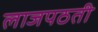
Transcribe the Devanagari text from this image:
लाजपठती